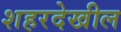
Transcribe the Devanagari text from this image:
शहरदेखील